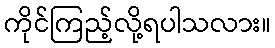
ကိုင်ကြည့်လို့ရပါသလား။